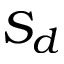
S _ { d }